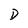
Character: D